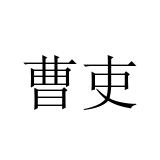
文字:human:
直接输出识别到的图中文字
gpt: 曹吏